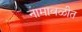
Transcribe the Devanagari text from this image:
नामावळीत